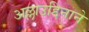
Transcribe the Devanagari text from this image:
अल्लाउद्दिनाने